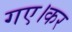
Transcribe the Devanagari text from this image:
गए।कर